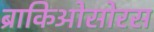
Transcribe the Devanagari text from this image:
ब्राकिओसोरस